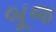
બૂજ